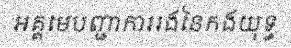
អគ្គមេបញ្ជាការរងនៃកងយុទ្ធ